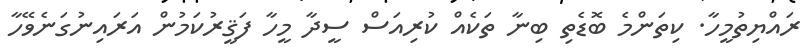
ރައްޔިތުމީހާ. ކިތަންމެ ބޮޑެތި ބިނާ ތަކެއް ކުރިއަސް ސީދާ މީހާ ފަޤީރުކަމުން އަރައިނުގަނެވޭހާ